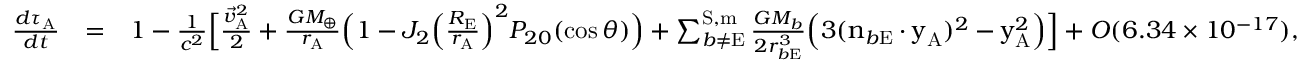
\begin{array} { r l r } { \frac { d \tau _ { \mathrm { A } } } { d t } } & { = } & { 1 - \frac { 1 } { c ^ { 2 } } \Big [ \frac { { \vec { v } } _ { \mathrm { A } } ^ { 2 } } { 2 } + \frac { G M _ { \oplus } } { r _ { \mathrm { A } } } \Big ( 1 - J _ { 2 } \Big ( \frac { R _ { \mathrm { E } } } { r _ { \mathrm { A } } } \Big ) ^ { 2 } P _ { 2 0 } ( \cos \theta ) \Big ) + \sum _ { b \not = \mathrm { E } } ^ { \mathrm { S , m } } \frac { G M _ { b } } { 2 r _ { b \mathrm { E } } ^ { 3 } } \Big ( 3 ( \boldsymbol { \mathrm { n } } _ { b \mathrm { E } } \cdot \boldsymbol { \mathrm { y } } _ { \mathrm { A } } ) ^ { 2 } - \boldsymbol { \mathrm { y } } _ { \mathrm { A } } ^ { 2 } \Big ) \Big ] + { \cal O } ( 6 . 3 4 \times 1 0 ^ { - 1 7 } ) , ~ ~ ~ ~ ~ } \end{array}